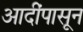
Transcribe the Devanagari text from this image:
आदींपासून